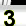
Digit: 3